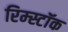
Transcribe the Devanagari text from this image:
रिम्स्टॉक